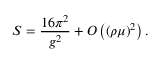
S = \frac { 1 6 \pi ^ { 2 } } { g ^ { 2 } } + O \left( ( \rho \mu ) ^ { 2 } \right) .